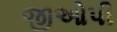
જીઓપી